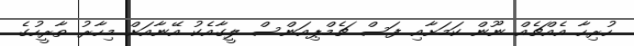
ހުރިހާ އެއްޗެއް ނޫން ކަމަށާއި ފަސް ޗެމްޕިއަންސް ލީގާއެކު އޭނާއަށް މިހާރު ތާރީހުގެ